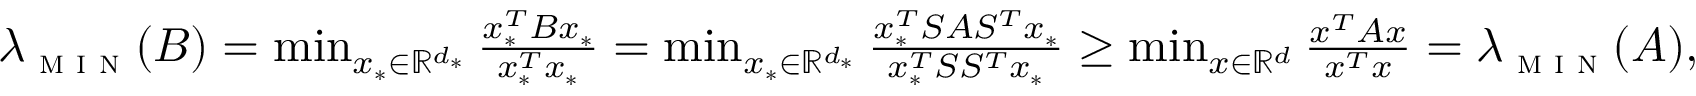
\begin{array} { r } { \lambda _ { \textsc { m i n } } ( B ) = \operatorname* { m i n } _ { x _ { * } \in \mathbb { R } ^ { d _ { * } } } \frac { x _ { * } ^ { T } B x _ { * } } { x _ { * } ^ { T } x _ { * } } = \operatorname* { m i n } _ { x _ { * } \in \mathbb { R } ^ { d _ { * } } } \frac { x _ { * } ^ { T } S A S ^ { T } x _ { * } } { x _ { * } ^ { T } S S ^ { T } x _ { * } } \ge \operatorname* { m i n } _ { x \in \mathbb { R } ^ { d } } \frac { x ^ { T } A x } { x ^ { T } x } = \lambda _ { \textsc { m i n } } ( A ) , } \end{array}